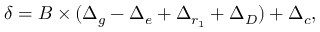
\delta = B \times ( \Delta _ { g } - \Delta _ { e } + \Delta _ { r _ { 1 } } + \Delta _ { D } ) + \Delta _ { c } ,